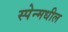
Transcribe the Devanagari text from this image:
स्पेन्मधील